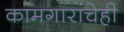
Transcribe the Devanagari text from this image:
कामगारांचेही